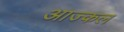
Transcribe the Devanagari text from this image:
आज्कल